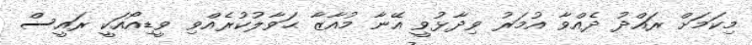
މިކަމަށް ރައްދު ދެއްވާ އުމަރު ވިދާޅުވީ އޭނާ މުއާޒާ ޙަވާލުކުރެއްވި ވީޑިއޯއަކީ ރައީސް